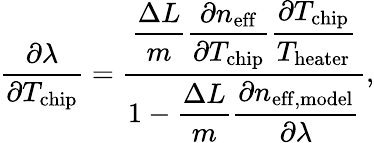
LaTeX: \frac{\partial\lambda}{\partial T_{\mathrm{chip}}}=\frac{\displaystyle\frac{\Delta L}{m}\frac{\partial n_{\mathrm{eff}}}{\partial T_{\mathrm{chip}}}\frac{\partial T_{\mathrm{chip}}}{T_{\mathrm{heater}}}}{\displaystyle 1-\frac{\Delta L}{m}\frac{\partial n_{\mathrm{eff,model}}}{\partial\lambda}},